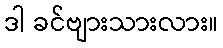
ဒါ ခင်ဗျားသားလား။